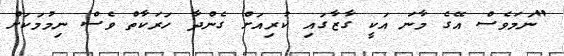
"ނަމަވެސް އޭގެ މާނަ އަކީ ގާޒާގައި ކުރިއަށް ގެންދާ ހަރަކާތް ވެސް ނިމުމަކަށް